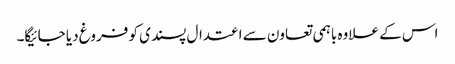
اس کے علاوہ باہمی تعاون سے اعتدال پسندی کو فروغ دیا جائیگا۔